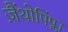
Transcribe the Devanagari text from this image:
ज़ैंथोपिंप्ला